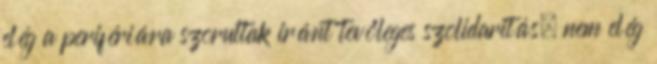
elég a perifériára szorultak iránt tevőleges szolidaritás, nem elég